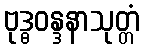
ဗုဒ္ဓဝန္ဒနာသုတ္တံ